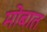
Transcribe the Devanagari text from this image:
मोबात